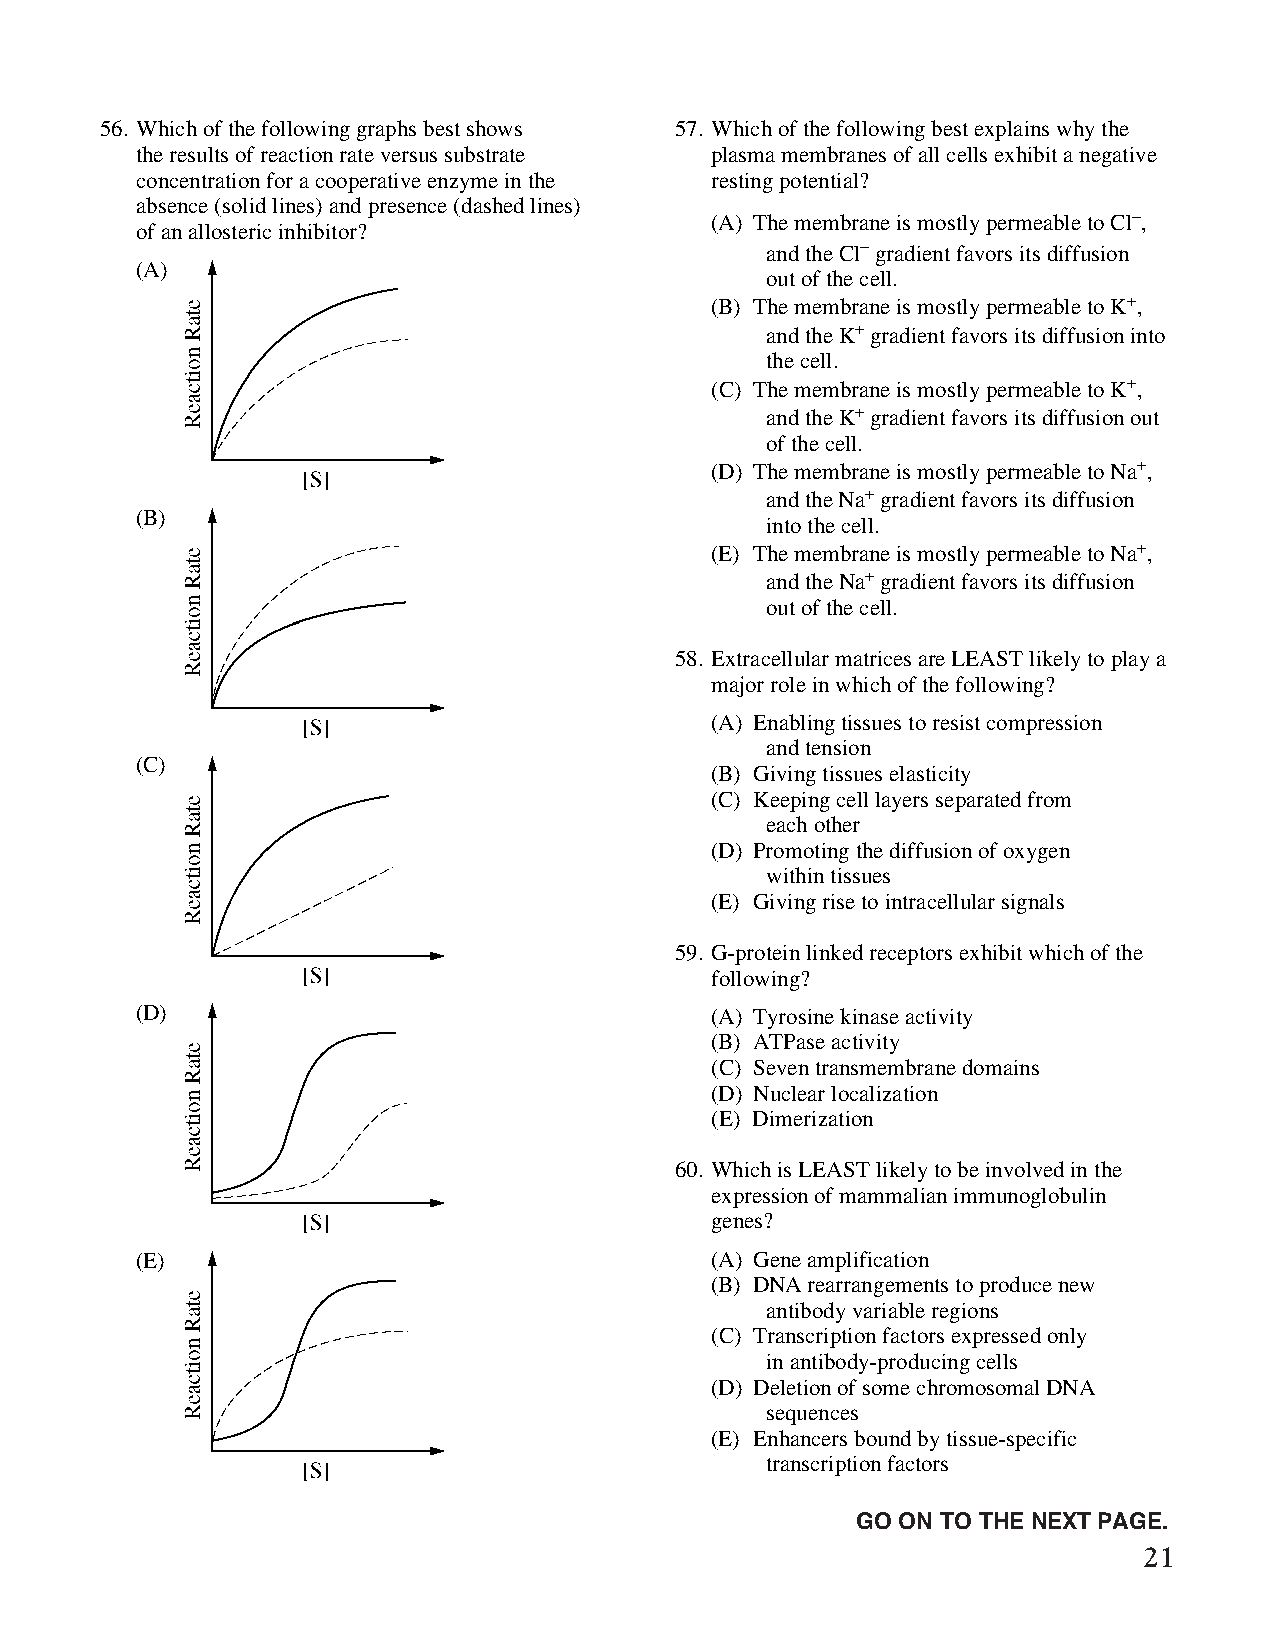
56. Which of the following graphs best shows 57. Which of the following best explains why the
 the results of reaction rate versus substrate plasma membranes of all cells exhibit a negative
 concentration for a cooperative enzyme in the resting potential?
 absence (solid lines) and presence (dashed lines)
 (A) The membrane is mostly permeable to Cl-,
 of an allosteric inhibitor?
 and the Cl- gradient favors its diffusion
 (A)
 out of the cell.
 (B) The membrane is mostly permeable to K+,
 and the K+ gradient favors its diffusion into
 the cell.
 (C) The membrane is mostly permeable to K+,
 and the K+ gradient favors its diffusion out
 of the cell.
 (D) The membrane is mostly permeable to Na+,
 and the Na+ gradient favors its diffusion
 (B)
 into the cell.
 (E) The membrane is mostly permeable to Na+,
 and the Na+ gradient favors its diffusion
 out of the cell.
 58. Extracellular matrices are LEAST likely to play a
 major role in which of the following?
 (A) Enabling tissues to resist compression
 and tension
 (C)
 (B) Giving tissues elasticity
 (C) Keeping cell layers separated from
 each other
 (D) Promoting the diffusion of oxygen
 within tissues
 (E) Giving rise to intracellular signals
 59. G-protein linked receptors exhibit which of the
 following?
 (D)                                   (A) Tyrosine kinase activity
 (B) ATPase activity
 (C) Seven transmembrane domains
 (D) Nuclear localization
 (E) Dimerization
 60. Which is LEAST likely to be involved in the
 expression of mammalian immunoglobulin
 genes?
 (E)                                   (A) Gene amplification
 (B) DNA rearrangements to produce new
 antibody variable regions
 (C) Transcription factors expressed only
 in antibody-producing cells
 (D) Deletion of some chromosomal DNA
 sequences
 (E) Enhancers bound by tissue-specific
 transcription factors
 Unauthorized copying or reuse of
 any part of this page is illegal.                GO ON TO THE NEXT PAGE.
 21
 GO ON TO THE NEXT PAGE.
 -13-
 007884-72507 GRE Biochemistry Test Practise Book • Dr01 4/17/08 ta • Dr02 5/7/08 ta • Dr03 5/20/08 ta • [NEW 108353] • CS6 • Dr01 5/1/15 jw • [New
 Job] 007884-113203 Drft01 3/22/16 ew